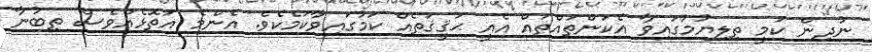
ނުދިން ކަމީ ތިލިޔުމުގައިވާ އެކަންތައްތައް އެއީ ޙަޤީޤަތެއް ކަމުގައިވާކަމެކެވެ. އެންމެ އަތޮޅެއްވެސް ތިބުނާ